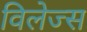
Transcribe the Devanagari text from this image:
विलेज्स